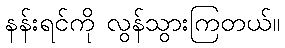
နန်းရင်ကို လွန်သွားကြတယ်။